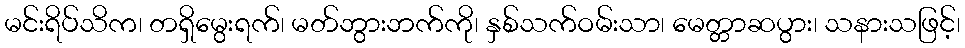
မင်းရိပ်သိက၊ တရှိမွေးရက်၊ မတ်ဘွားဘက်ကို၊ နှစ်သက်ဝမ်းသာ၊ မေတ္တာဆပွား၊ သနားသဖြင့်၊